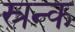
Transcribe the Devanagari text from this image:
स्रन्क